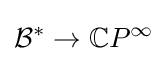
{\mathcal {B}}^{*}\rightarrow \mathbb {C} P^{\infty }